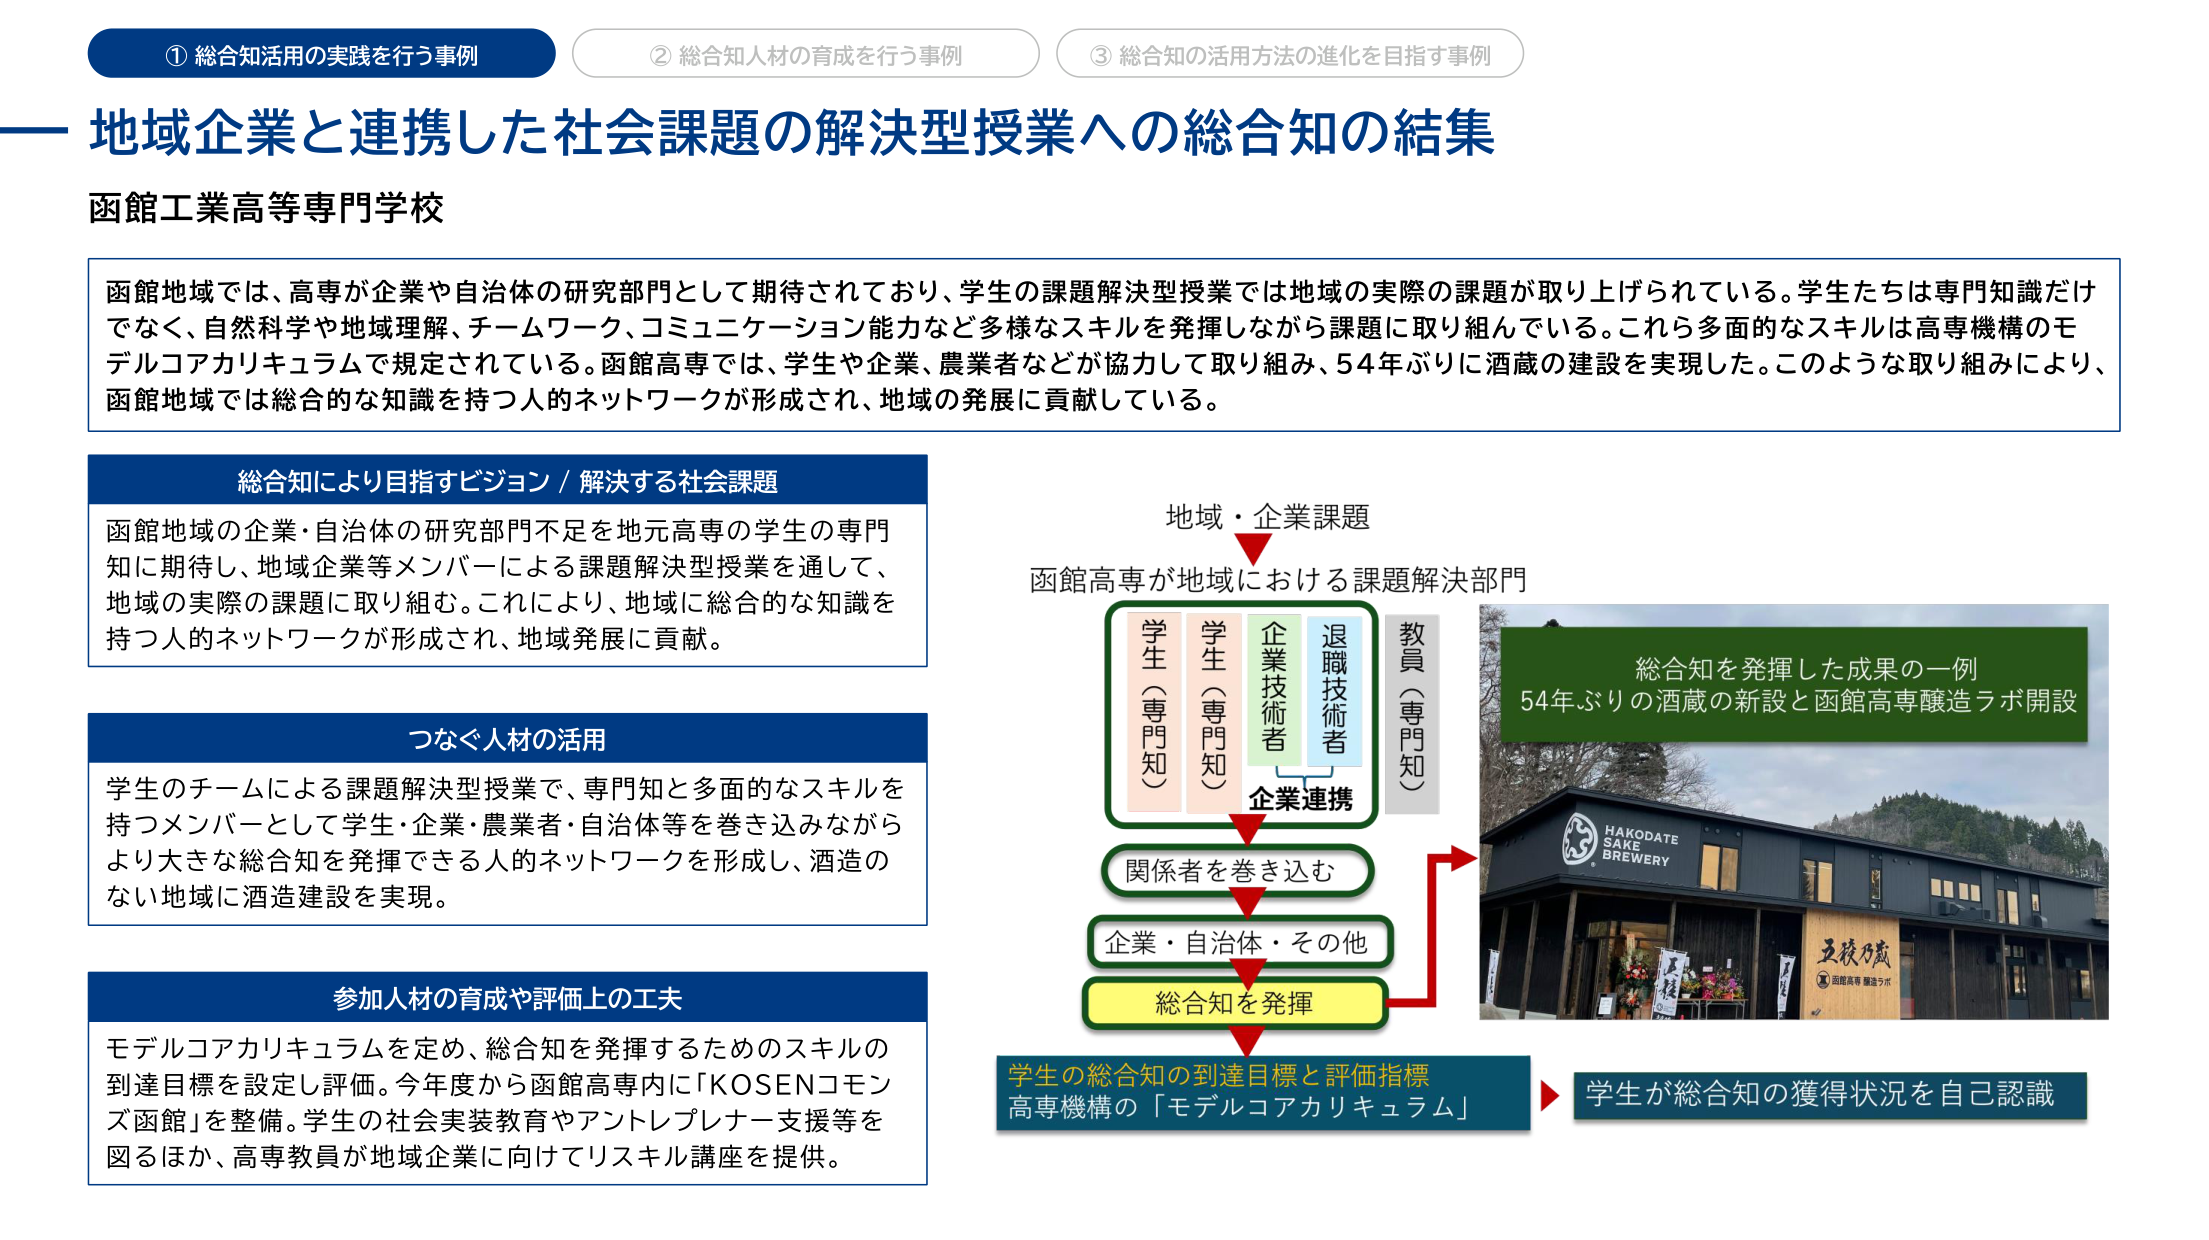
① 総合知活用の実践を行う事例
② 総合知人材の育成を行う事例
③ 総合知の活用方法の進化を目指す事例

地域企業と連携した社会課題の解決型授業への総合知の結集

函館工業高等専門学校

函館地域では、高専が企業や自治体の研究部門として期待されており、学生の課題解決型授業では地域の実際の課題が取り上げられている。学生たちは専門知識だけでなく、自然科学や地域理解、チームワーク、コミュニケーション能力など多様なスキルを発揮しながら課題に取り組んでいる。これら多面的なスキルは高専機構のモデルコアカリキュラムで規定されている。函館高専では、学生や企業、農業者などが協力して取り組み、54年ぶりに酒蔵の建設を実現した。このような取り組みにより、函館地域では総合的な知識を持つ人的ネットワークが形成され、地域の発展に貢献している。

総合知により目指すビジョン / 解決する社会課題
函館地域の企業・自治体の研究部門不足を地元高専の学生の専門知に期待し、地域企業等メンバーによる課題解決型授業を通して、地域の実際の課題に取り組む。これにより、地域に総合的な知識を持つ人的ネットワークが形成され、地域発展に貢献。

つなぐ人材の活用
学生のチームによる課題解決型授業で、専門知と多面的なスキルを持つメンバーとして学生・企業・農業者・自治体等を巻き込みながらより大きな総合知を発揮できる人的ネットワークを形成し、酒造のない地域に酒造建設を実現。

参加人材の育成や評価上の工夫
モデルコアカリキュラムを定め、総合知を発揮するためのスキルの到達目標を設定し評価。今年度から函館高専内に「KOSENコモンズ函館」を整備。学生の社会実装教育やアントレプレナー支援等を図るほか、高専教員が地域企業に向けてリスキル講座を提供。

地域・企業課題
函館高専が地域における課題解決部門
学生（専門知）
学生（専門知）
企業技術者
退職技術者
教員（専門知）
企業連携
関係者を巻き込む
企業・自治体・その他
総合知を発揮
学生の総合知の到達目標と評価指標
高専機構の「モデルコアカリキュラム」
学生が総合知の獲得状況を自己認識

総合知を発揮した成果の一例
54年ぶりの酒蔵の新設と函館高専醸造ラボ開設
HAKODATE SAKE BREWERY
五稜乃蔵
函館高専 醸造ラボ